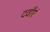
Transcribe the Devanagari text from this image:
दवाँएं